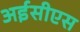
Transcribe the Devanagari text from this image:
अईसीएस